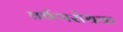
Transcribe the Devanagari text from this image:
घर्षणरोधक